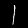
Label: 1